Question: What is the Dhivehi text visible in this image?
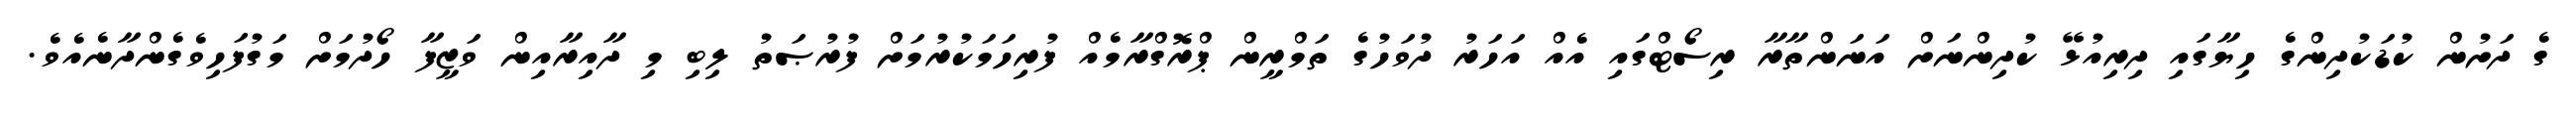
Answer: ގެ ދަށުން ކުޑަކުދިންގެ ހިޔާގައި ދިރިއުޅޭ ކުދިންނަށް އަނަންތާރާ ރިސޯޓްގައި އެއް އަހަރު ދުވަހުގެ ތަމްރީން ޕްރޮގްރާމެއް ފުރިހަމަކުރުމަށް ފުރުޞަތު ލިބި މި ދާއިރާއިން ވަޒީފާ ހޯދުމަށް މަގުފަހިވެގެންދާނެއެވެ.